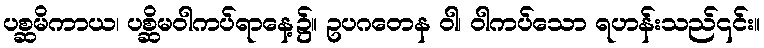
ပစ္ဆမိကာယ၊ ပစ္ဆိမဝါကပ်ရာနေ့၌။ ဥပဂတေန ဝါ၊ ဝါကပ်သော ရဟန်းသည်၎င်း။